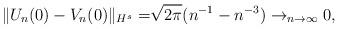
LaTeX: \begin{align*} \|U_n(0)-V_n(0)\|_{H^s}=&\sqrt{2\pi}(n^{-1}-n^{-3})\to_{n\to\infty}0, \end{align*}